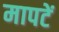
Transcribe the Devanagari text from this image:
मापटें